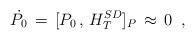
LaTeX: \begin{align*}\dot{P_0}\,=\,[P_0\,,\,H^{SD}_T]_P\,\approx\,0\,\,\,,\end{align*}